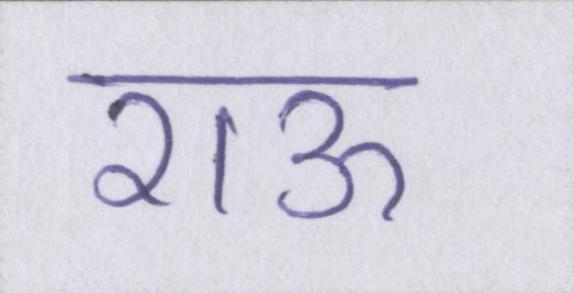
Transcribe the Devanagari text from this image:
राऊ